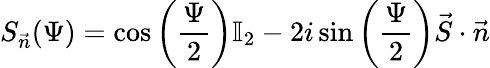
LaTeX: S_{\vec{n}}(\Psi)=\cos{\left(\frac{\Psi}{2}\right)}\mathbb{I}_{2}-2i\sin{\left(\frac{\Psi}{2}\right)}\vec{S}\cdot\vec{n}